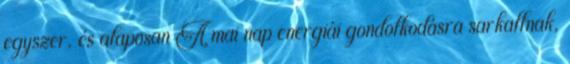
egyszer, és alaposan A mai nap energiái gondolkodásra sarkallnak,